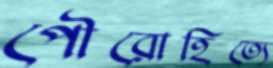
পৌরোহিত্যে